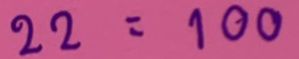
22 = 100